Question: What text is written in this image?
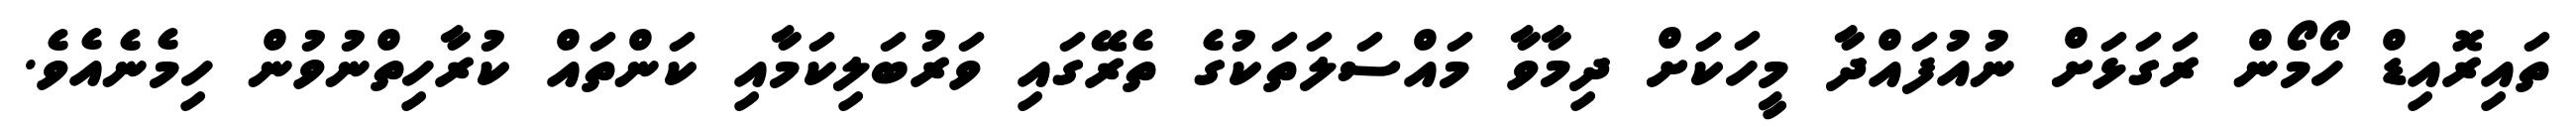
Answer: ތައިރޮއިޑް ހޯމޯން ރަގަޅަށް ނުއުފައްދާ މީހަކަށް ދިމާވާ މައްސަލަތަކުގެ ތެރޭގައި ވަރުބަލިކަމާއި ކަންތައް ކުރާހިތްނުވުން ހިމެނެއެވެ.